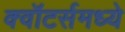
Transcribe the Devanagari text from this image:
क्वॉटर्समध्ये